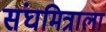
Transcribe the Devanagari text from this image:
संघमित्राला